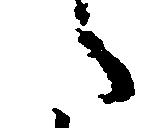
た